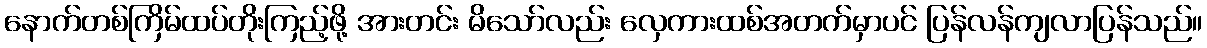
နောက်တစ်ကြိမ်ထပ်တိုးကြည့်ဖို့ အားတင်း မိသော်လည်း လှေကားထစ်အတက်မှာပင် ပြန်လန်ကျလာပြန်သည်။